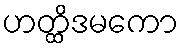
ဟတ္ထိဒမကော